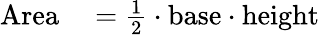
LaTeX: \begin{array}{rl}{{\mathrm{Area}}}&{{}{}={\frac{1}{2}}\cdot{\mathrm{base}}\cdot{\mathrm{height}}}\end{array}